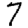
Digit: 7